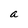
Character: a